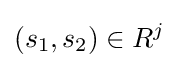
(s_{1},s_{2})\in R^{j}